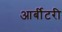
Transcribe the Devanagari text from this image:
आर्बीटरी